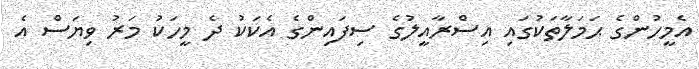
އެމީހުންގެ ޙަމަލާތަކުގައި އިސްރާއީލުގެ ސިފައިންގެ އެކަކު ދެ މީހަކު މަރު ވިޔަސް އެ